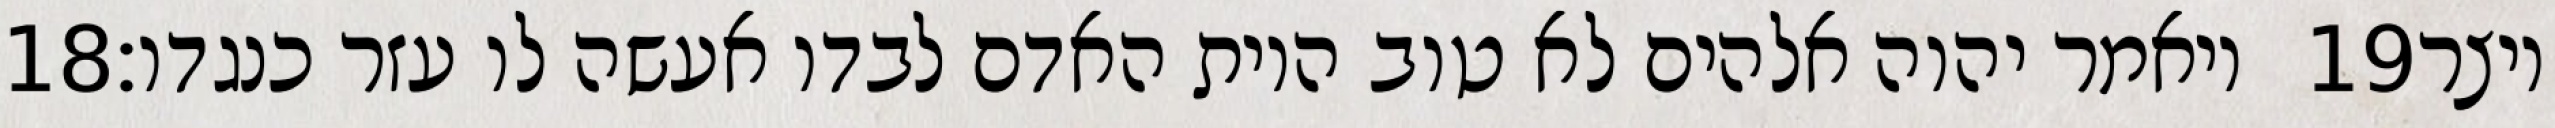
‎18‏ ויאמר יהוה אלהים לא טוב היות האדם לבדו אעשה לו עזר כנגדו׃ ‎19‏ ויצר